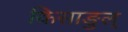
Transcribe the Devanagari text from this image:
किसाङुल्